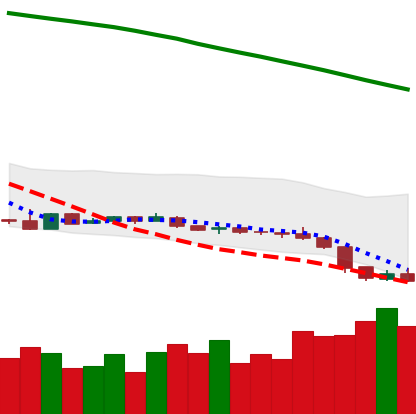
Ticker: XLM-USD
Chart end date: 2019-01-31
Forward return: -5.747%
Label: down_5_7